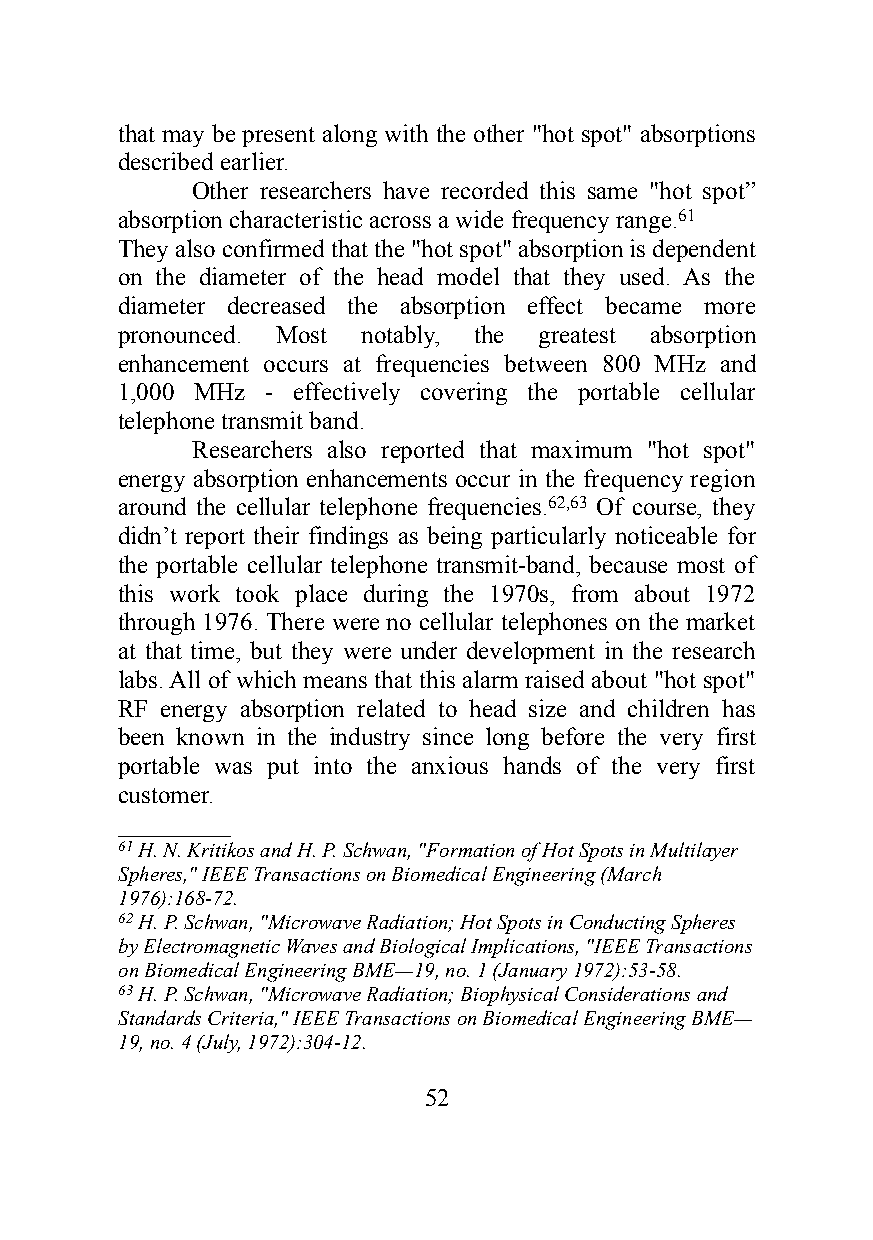
that may be present along with the other "hot spot" absorptions
 described earlier.
 Other researchers have recorded this same "hot spot”
 absorption characteristic across a wide frequency range.61
 They also confirmed that the "hot spot" absorption is dependent
 on the diameter of the head model that they used. As the
 diameter decreased the absorption effect became more
 pronounced. Most notably, the greatest absorption
 enhancement occurs at frequencies between 800 MHz and
 1,000 MHz - effectively covering the portable cellular
 telephone transmit band.
 Researchers also reported that maximum "hot spot"
 energy absorption enhancements occur in the frequency region
 around the cellular telephone frequencies.62,63 Of course, they
 didn’t report their findings as being particularly noticeable for
 the portable cellular telephone transmit-band, because most of
 this work took place during the 1970s, from about 1972
 through 1976. There were no cellular telephones on the market
 at that time, but they were under development in the research
 labs. All of which means that this alarm raised about "hot spot"
 RF energy absorption related to head size and children has
 been known in the industry since long before the very first
 portable was put into the anxious hands of the very first
 customer.
 _________
 61 H. N. Kritikos and H. P. Schwan, "Formation of Hot Spots in Multilayer
 Spheres," IEEE Transactions on Biomedical Engineering (March
 1976):168-72.
 62 H. P. Schwan, "Microwave Radiation; Hot Spots in Conducting Spheres
 by Electromagnetic Waves and Biological Implications, "IEEE Transactions
 on Biomedical Engineering BME—19, no. 1 (January 1972):53-58.
 63 H. P. Schwan, "Microwave Radiation; Biophysical Considerations and
 Standards Criteria," IEEE Transactions on Biomedical Engineering BME—
 19, no. 4 (July, 1972):304-12.
 52